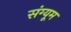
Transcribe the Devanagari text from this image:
संग्यूम